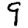
Digit: 9